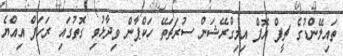
ތައިލޭންޑުގެ ޗީފް އޮފް އިމިގްރޭޝަން ސުރަޗަތޭ ހަކްޕާން ވިދާޅުވި ގޮތުގައި ރަހަފް އިއްޔެ